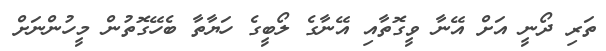
ތަރި ދޯނީ އަށް އޭނާ ވީގޮތާއި އޭނާގެ ލޯބީގެ ހަޔާތާ ބެހޭގޮތުން މީހުންނަށް